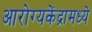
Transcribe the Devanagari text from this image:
आरोग्यकेंद्रामध्ये